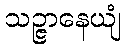
သဉ္ဇာနေယျံ